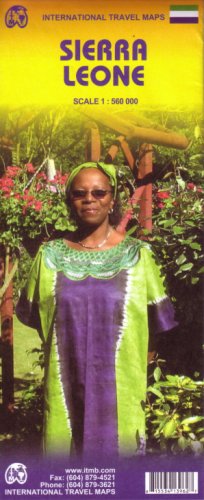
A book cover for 1. Sierra Leone Travel Reference Map 1:560,000 (International Travel Maps); International Travel maps; Travel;